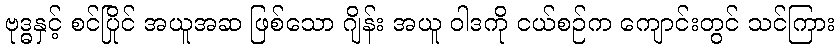
ဗုဒ္ဓနှင့် စင်ပြိုင် အယူအဆ ဖြစ်သော ဂျိန်း အယူ ဝါဒကို ငယ်စဉ်က ကျောင်းတွင် သင်ကြား